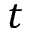
\boldsymbol { t }